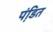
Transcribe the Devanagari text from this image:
पंडि़त